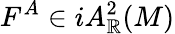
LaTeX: F^{A}\in iA_{\mathbb{R}}^{2}(M)